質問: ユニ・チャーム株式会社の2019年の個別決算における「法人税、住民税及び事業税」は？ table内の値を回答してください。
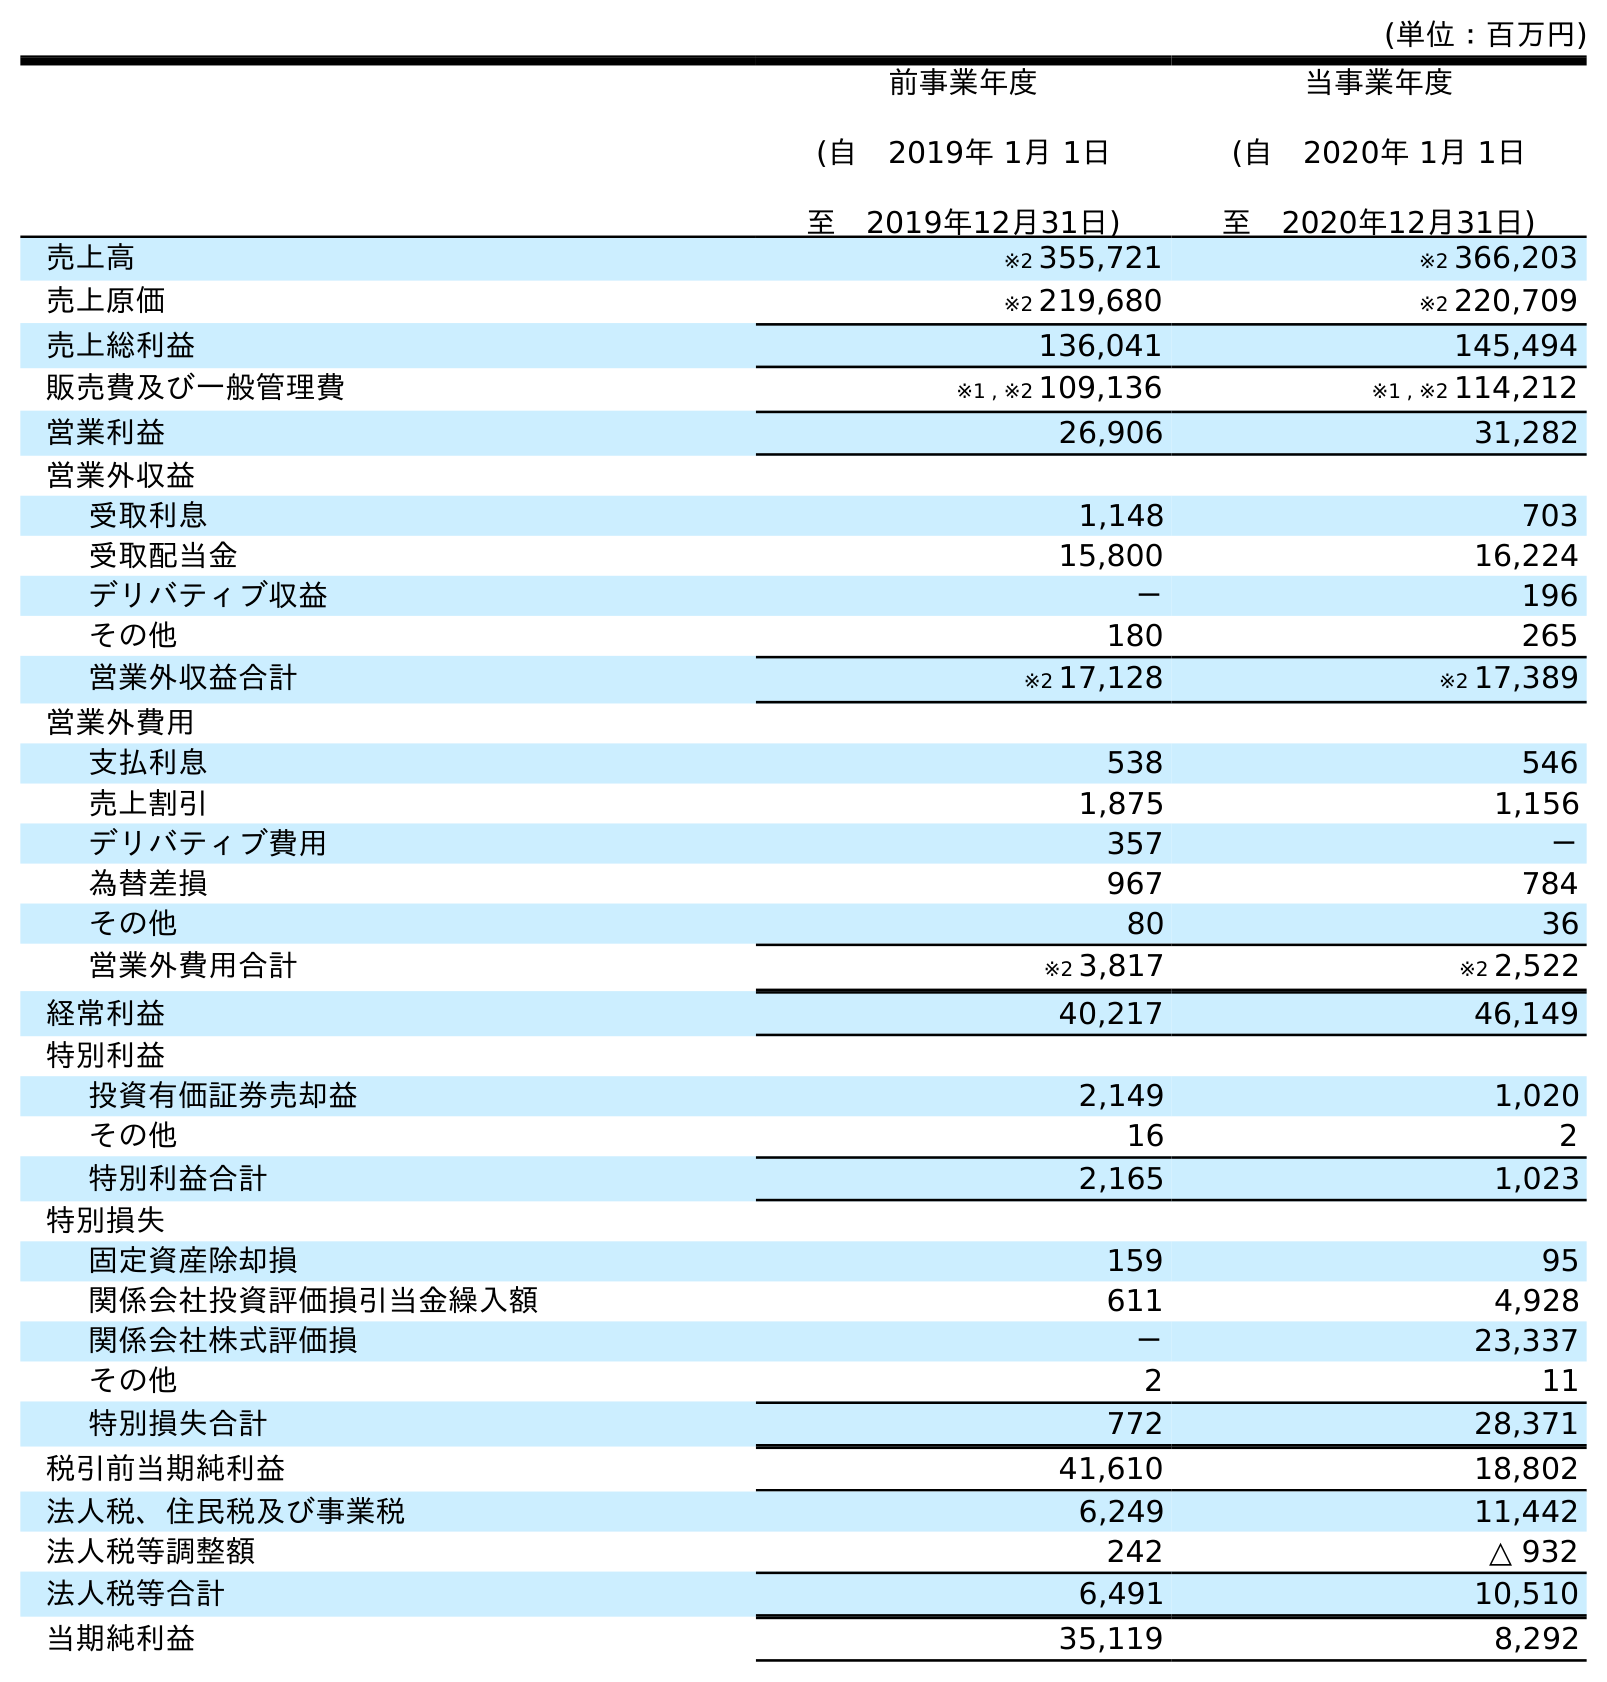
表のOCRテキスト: (単位：百万円) 前事業年度 (自 2019年 1月 1日 至 2019年12月31日) 当事業年度 (自 2020年 1月 1日 至 2020年12月31日) 売上高 ※2 355,721 ※2 366,203 売上原価 ※2 219,680 ※2 220,709 売上総利益 136,041 145,494 販売費及び一般管理費 ※1 , ※2 109,136 ※1 , ※2 114,212 営業利益 26,906 31,282 営業外収益 受取利息 1,148 703 受取配当金 15,800 16,224 デリバティブ収益 － 196 その他 180 265 営業外収益合計 ※2 17,128 ※2 17,389 営業外費用 支払利息 538 546 売上割引 1,875 1,156 デリバティブ費用 357 － 為替差損 967 784 その他 80 36 営業外費用合計 ※2 3,817 ※2 2,522 経常利益 40,217 46,149 特別利益 投資有価証券売却益 2,149 1,020 その他 16 2 特別利益合計 2,165 1,023 特別損失 固定資産除却損 159 95 関係会社投資評価損引当金繰入額 611 4,928 関係会社株式評価損 － 23,337 その他 2 11 特別損失合計 772 28,371 税引前当期純利益 41,610 18,802 法人税、住民税及び事業税 6,249 11,442 法人税等調整額 242 △ 932 法人税等合計 6,491 10,510 当期純利益 35,119 8,292
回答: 6,249